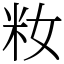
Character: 籹